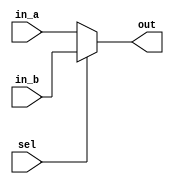
// ECE:3350 SISC processor project
// 16-bit mux

`timescale 1ns/100ps

module mux4 (in_a, in_b, sel, out);

  /*
   *  4-BIT MULTIPLEXER - mux16.v
   *
   *  Inputs:
   *   - in_a (4 bits): First input to the multiplexer. Chosen when sel = 0.
   *   - in_b (4 bits): Second input to the multiplexer. Chosen when sel = 1.
   *   - sel: Controls which input is seen at the output.
   *
   *  Outputs:
   *   - out (4 bits): Output from the multiplexer.
   *
   */

  input  [3:0] in_a;
  input  [3:0] in_b;
  input         sel;
  output [3:0] out;

  reg   [3:0] out;
   
  always @ (in_a, in_b, sel)
  begin
    if (sel == 1'b0)
      out = in_a;
    else
      out = in_b;
  end

endmodule